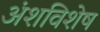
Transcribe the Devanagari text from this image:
अंशविशेष